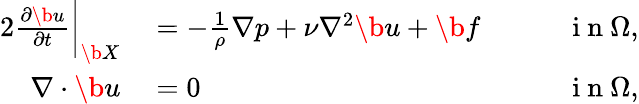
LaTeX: \begin{array}{rlr}{{2}\frac{\partial\b u}{\partial t}\bigg|_{\b X}}&{{}=-\frac{1}{\rho}\nabla p+\nu\nabla^{2}\b u+\b f}&{\qquad\mathrm{~i~n~}\Omega,}\\ {\nabla\cdot\b u}&{{}=0}&{\qquad\mathrm{~i~n~}\Omega,}\end{array}